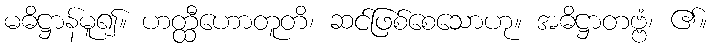
မဓိဋ္ဌာန်မူ၍။ ဟတ္ထီဟောတူတိ၊ ဆင်ဖြစ်စေသောဟု။ အဓိဋ္ဌာတဗ္ဗံ၊ ၏။